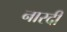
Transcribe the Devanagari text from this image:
नारदी